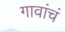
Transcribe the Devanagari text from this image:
गावांचं